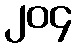
၂၀၄